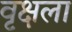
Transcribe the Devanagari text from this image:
वृक्षला